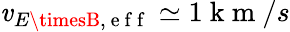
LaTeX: \mathit{v}_{E\timesB,\mathrm{{~e~f~f~}}}\simeq1\mathrm{{~k~m~}}/s